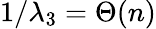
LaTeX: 1/\lambda_{3}=\Theta(n)